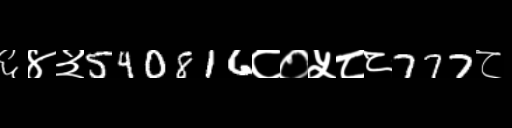
Text: ६४३540816८०५८८777८